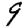
Digit: 9